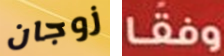
زوجان وفقا